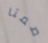
صمتا